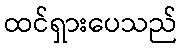
ထင်ရှားပေသည်